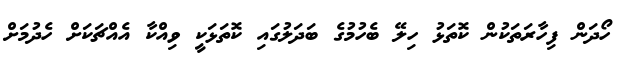
ހޯދަން ފިހާރަތަކުން ކޮތަޅު ހިލޭ ބެހުމުގެ ބަދަލުގައި ކޮތަޅަކީ ވިއްކާ އެއްޗަކަށް ހެދުމަށް